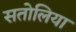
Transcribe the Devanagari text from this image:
सतोलिया